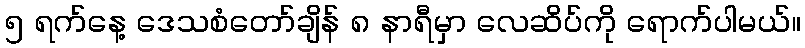
၅ ရက်နေ့ ဒေသစံတော်ချိန် ၈ နာရီမှာ လေဆိပ်ကို ရောက်ပါမယ်။